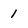
Character: 1